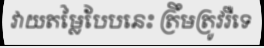
វាយតម្លៃបែបនេះ ត្រឹមត្រូវរឺទេ